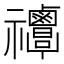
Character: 𥜸